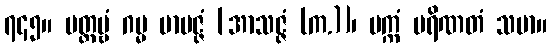
၇၄၅။ ပတ္တဗ္ဗံ ဂမ္မ မာပဇ္ဇံ [အာသဇ္ဇံ (က.)]၊ ပက္ကံ ပရိဏတံ သမာ။